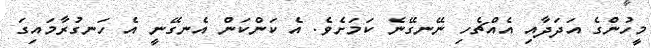
މީހުންގެ އަދަދާއި އެއްޗެހި ނޭނގޭނެ ކަމަށެވެ. އެ ކަންކަން އެނގޭނީ އެ ހަނގުރާމައިގަ